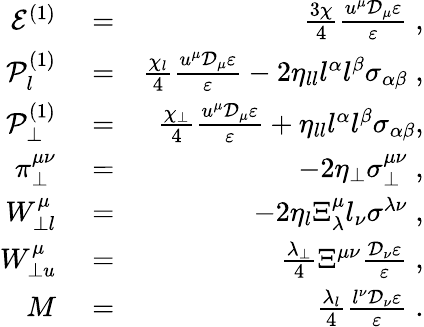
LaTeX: \begin{array}{rlr}{\mathcal{E}^{(1)}}&{{}=}&{\frac{3\chi}{4}\frac{u^{\mu}\mathcal{D}_{\mu}\varepsilon}{\varepsilon}\; ,}\\ {\mathcal{P}_{l}^{(1)}}&{{}=}&{\frac{\chi_{l}}{4}\frac{u^{\mu}\mathcal{D}_{\mu}\varepsilon}{\varepsilon}-2\eta_{ll}l^{\alpha}l^{\beta}\sigma_{\alpha\beta}\; ,}\\ {\mathcal{P}_{\perp}^{(1)}}&{{}=}&{\frac{\chi_{\perp}}{4}\frac{u^{\mu}\mathcal{D}_{\mu}\varepsilon}{\varepsilon}+\eta_{ll}l^{\alpha}l^{\beta}\sigma_{\alpha\beta},}\\ {\pi_{\perp}^{\mu\nu}}&{{}=}&{-2\eta_{\perp}\sigma_{\perp}^{\mu\nu}\; ,}\\ {W_{\perp l}^{\mu}}&{{}=}&{-2\eta_{l}\Xi_{\lambda}^{\mu}l_{\nu}\sigma^{\lambda\nu}\; ,}\\ {W_{\perp u}^{\mu}}&{{}=}&{\frac{\lambda_{\perp}}{4}\Xi^{\mu\nu}\frac{\mathcal{D}_{\nu}\varepsilon}{\varepsilon}\; ,}\\ {M}&{{}=}&{\frac{\lambda_{l}}{4}\frac{l^{\nu}\mathcal{D}_{\nu}\varepsilon}{\varepsilon}\; .}\end{array}